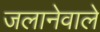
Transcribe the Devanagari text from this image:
जलानेवाले